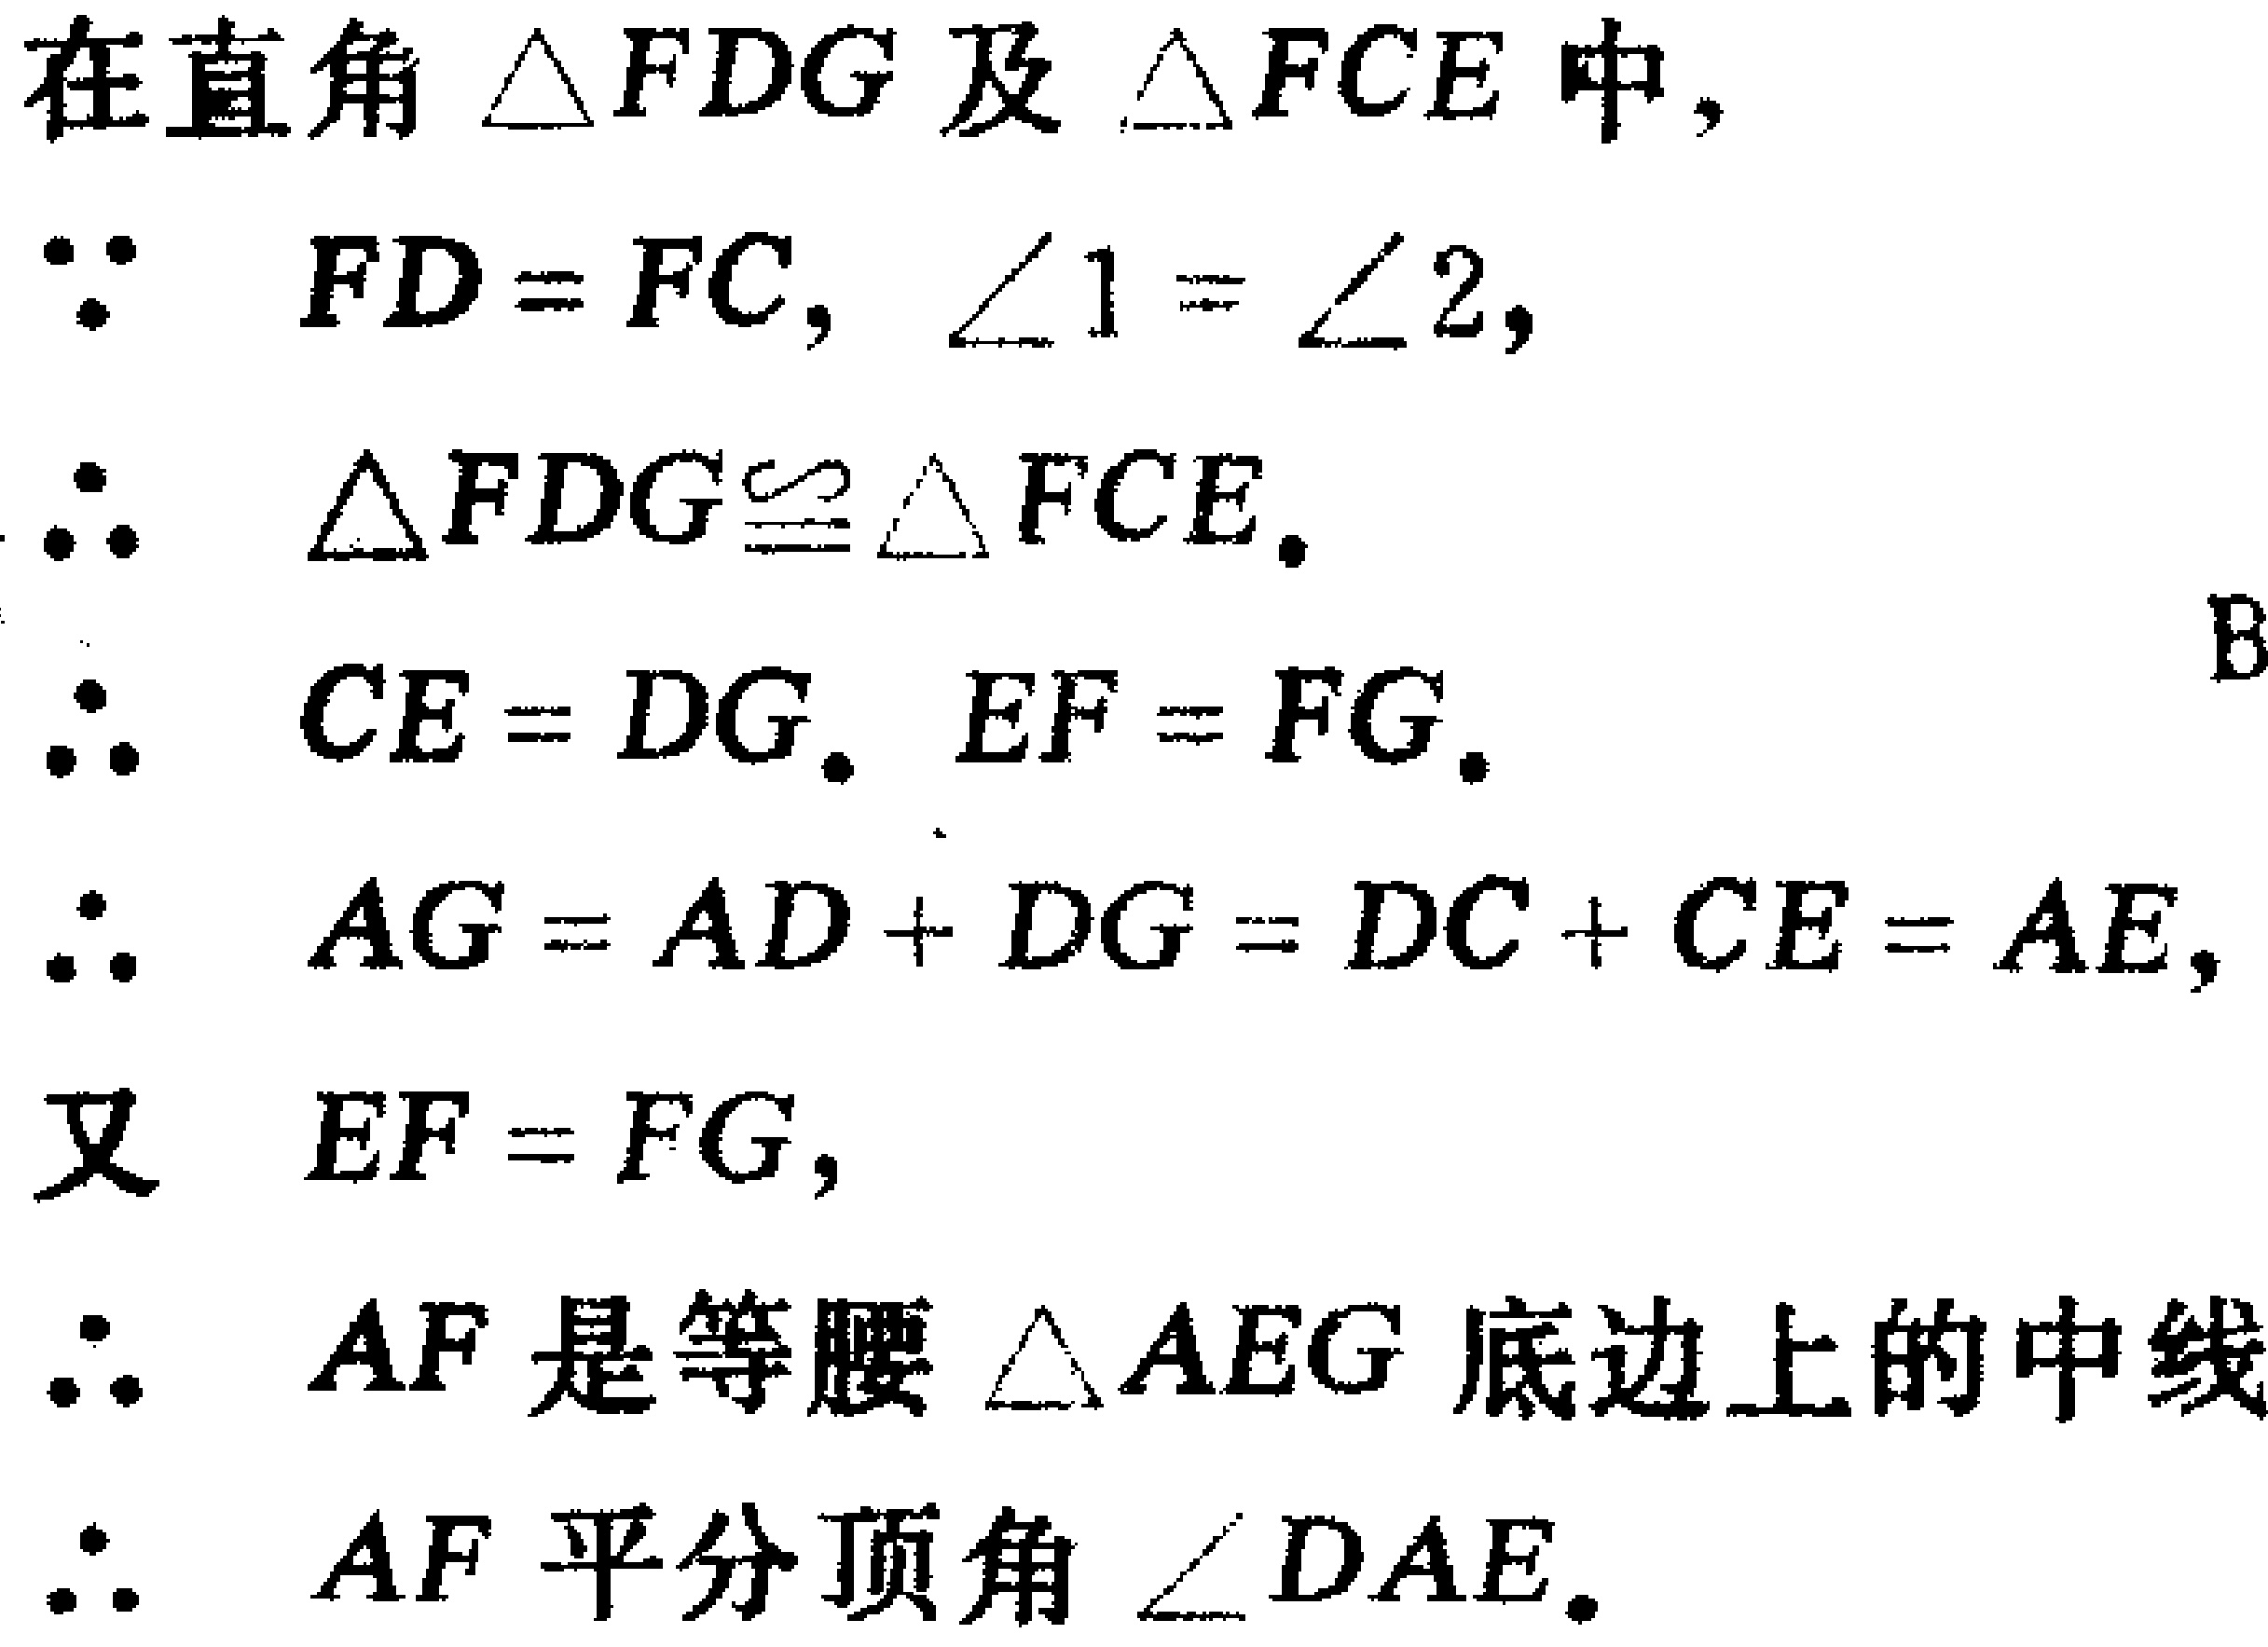
在直角 $\triangle FDG$ 及 $\triangle FCE$ 中,

$\because$ $FD = FC$, $\angle 1 = \angle 2$,

$\therefore$ $\triangle FDG\cong\triangle FCE$.

$\therefore$ $CE = DG$, $EF = FG$.

$\therefore$ $AG = AD + DG = DC + CE = AE$,

又 $EF = FG$,

$\therefore$ $AF$ 是等腰 $\triangle AEG$ 底边上的中线

$\therefore$ $AF$ 平分顶角 $\angle DAE$.